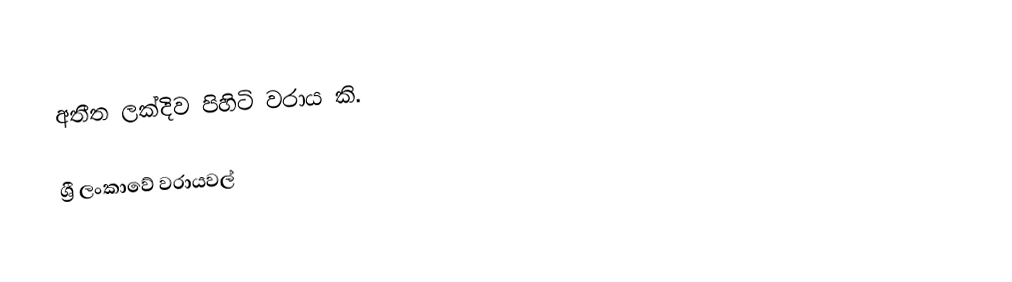
අතීත ලක්දිව පිහිටි වරාය කි.

ශ්‍රී ලංකාවේ වරායවල්